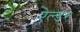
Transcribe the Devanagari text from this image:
ऐल्डर